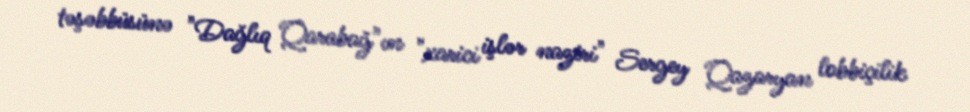
təşəbbüsünə "Dağlıq Qarabağ"ın "xarici işlər naziri" Sergey Qazaryan lobbiçilik